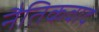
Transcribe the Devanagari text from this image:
नैतिकवाद